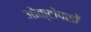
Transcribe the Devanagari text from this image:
ओक्टोपसों